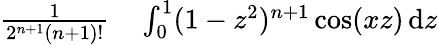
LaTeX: \begin{array}{rl}{{\frac{1}{2^{n+1}(n+1)!}}}&{{}\int_{0}^{1}(1-z^{2})^{n+1}\cos(xz)\, \mathrm{d}z}\end{array}